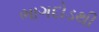
ભાગદોડથી